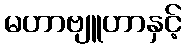
မဟာဗျူဟာနှင့်